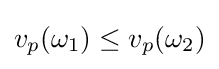
v_{p}(\omega _{1})\leq v_{p}(\omega _{2})